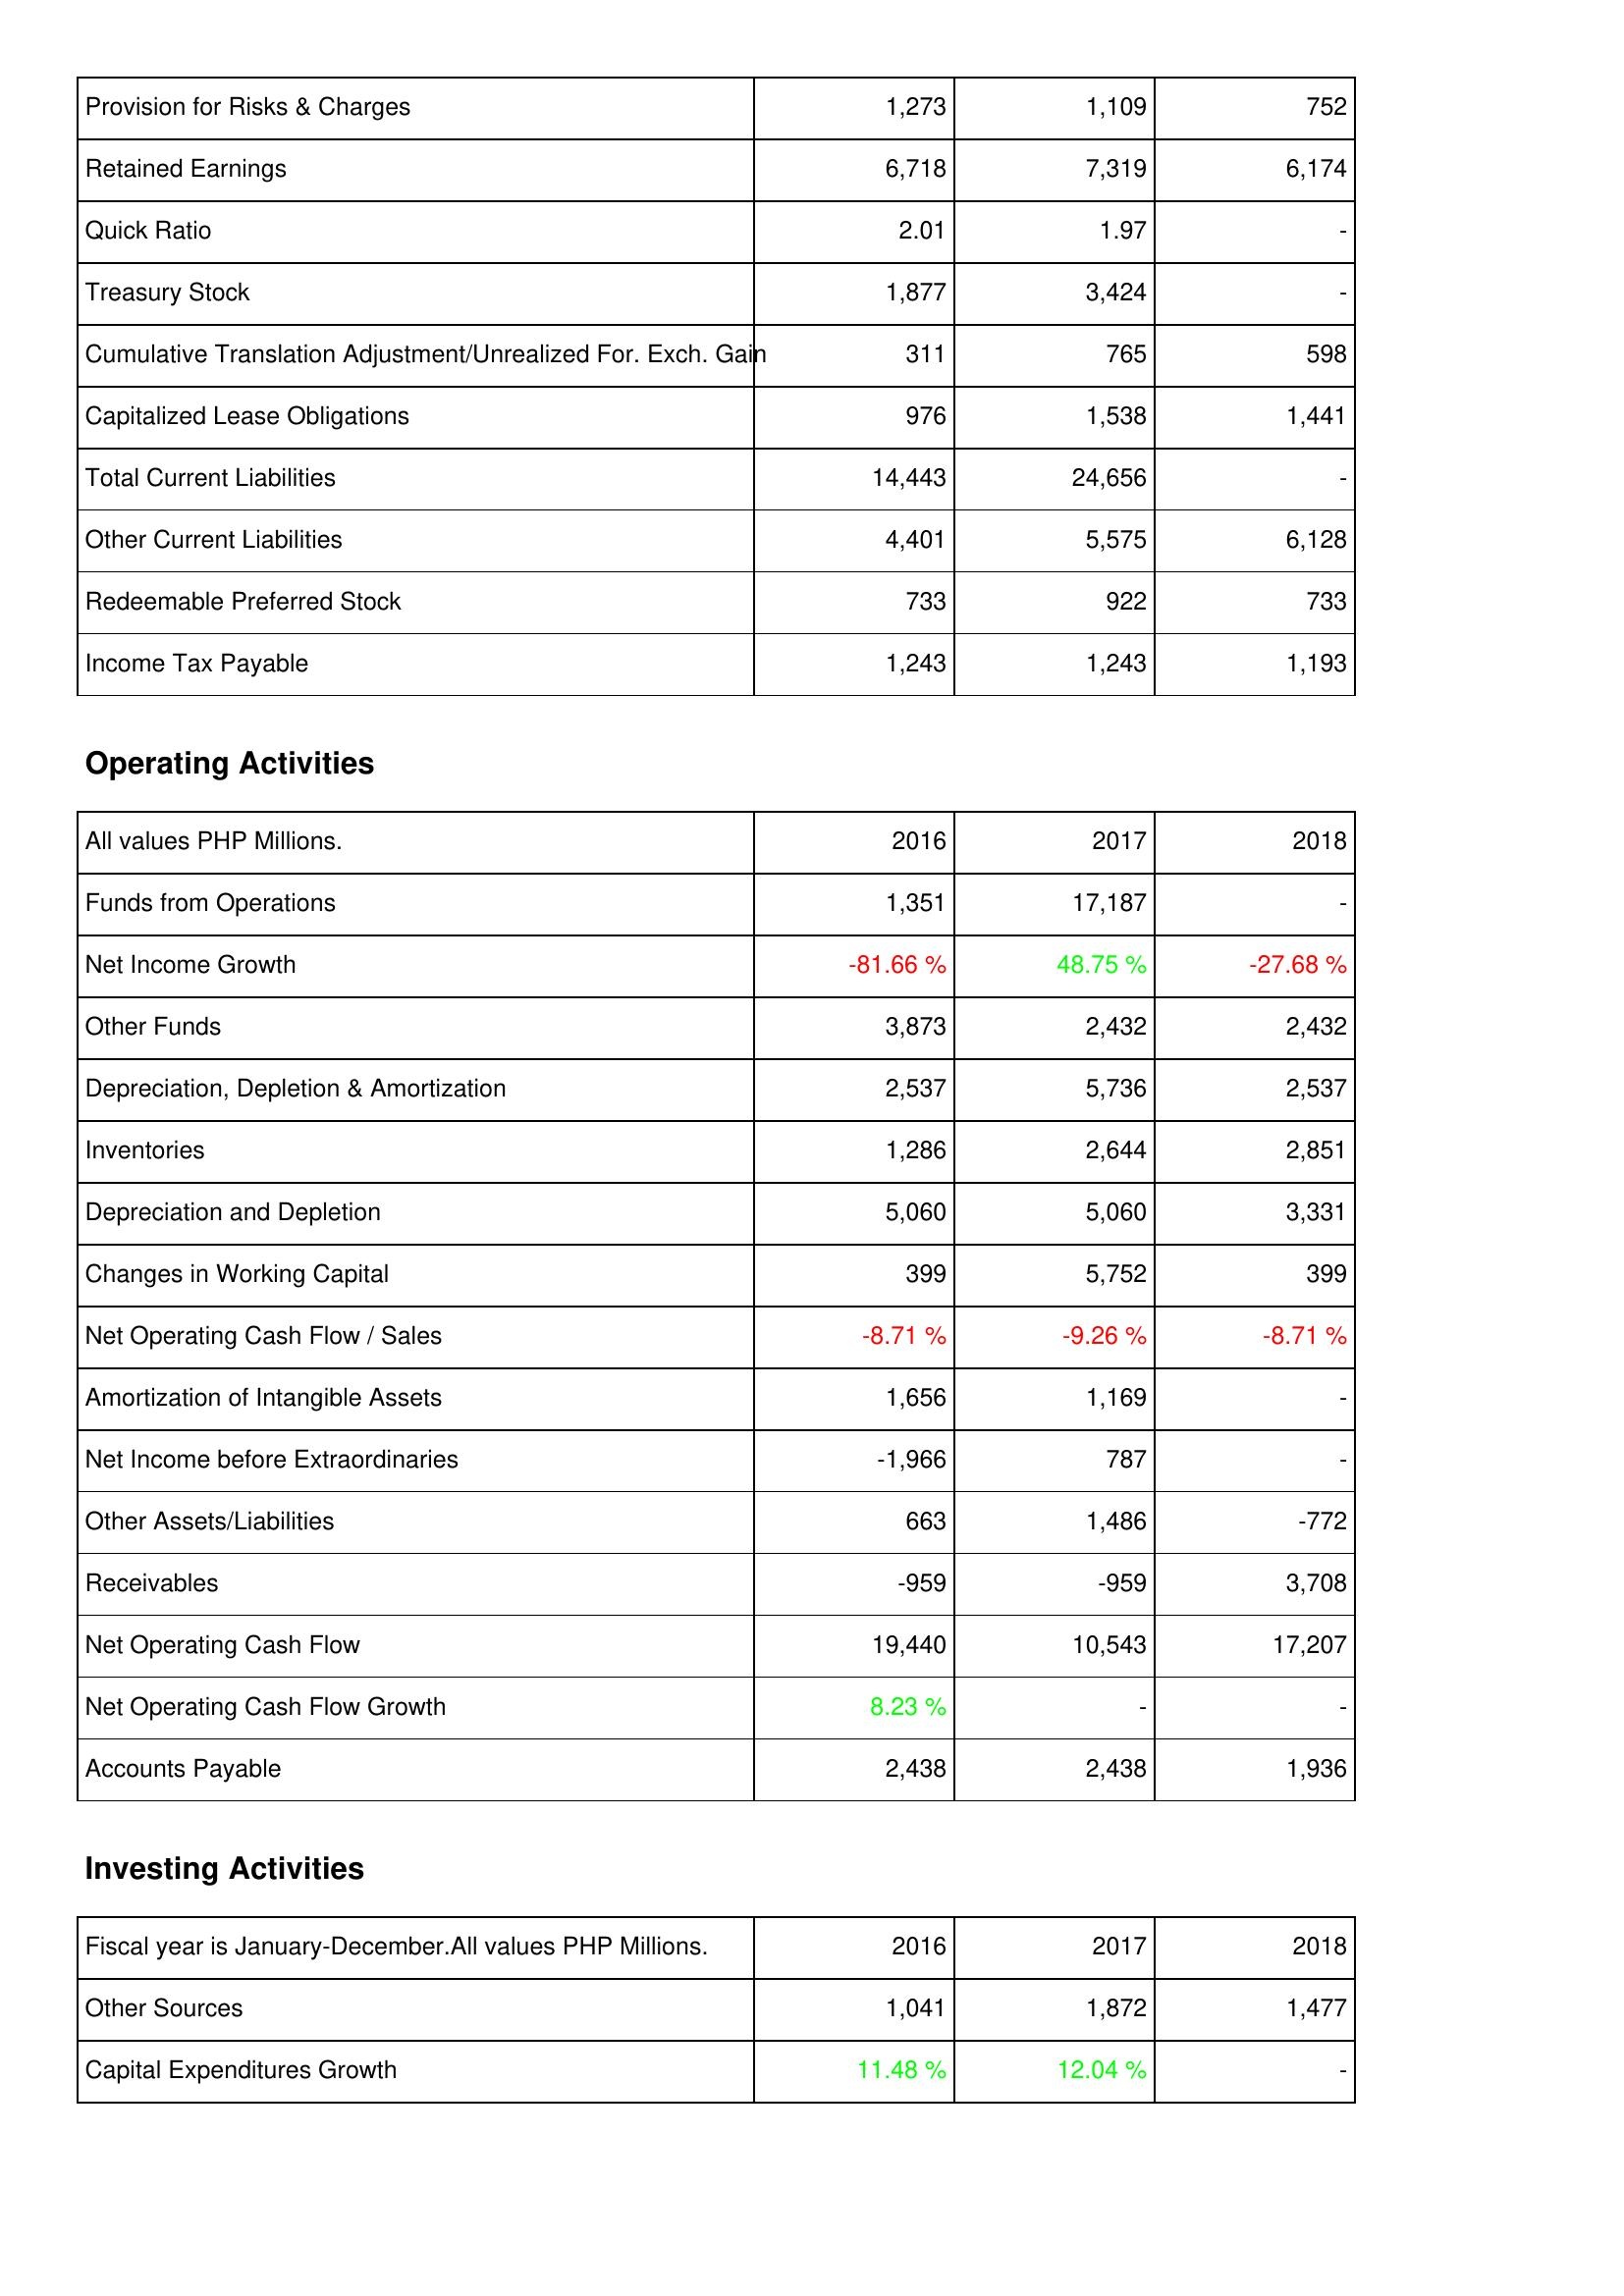
2016: Liabilities & Shareholders' Equity: Provision for Risks & Charges: 1,273
Retained Earnings: 6,718
Quick Ratio: 2.01
Treasury Stock: 1,877
Cumulative Translation Adjustment/Unrealized For. Exch. Gain: 311
Capitalized Lease Obligations: 976
Total Current Liabilities: 14,443
Other Current Liabilities: 4,401
Redeemable Preferred Stock: 733
Income Tax Payable: 1,243
Operating Activities: Funds from Operations: 1,351
Net Income Growth: -81.66 %
Other Funds: 3,873
Depreciation, Depletion & Amortization: 2,537
Inventories: 1,286
Depreciation and Depletion: 5,060
Changes in Working Capital: 399
Net Operating Cash Flow / Sales: -8.71 %
Amortization of Intangible Assets: 1,656
Net Income before Extraordinaries: -1,966
Other Assets/Liabilities: 663
Receivables: -959
Net Operating Cash Flow: 19,440
Net Operating Cash Flow Growth: 8.23 %
Accounts Payable: 2,438
Investing Activities: Other Sources: 1,041
Capital Expenditures Growth: 11.48 %
2017: Liabilities & Shareholders' Equity: Provision for Risks & Charges: 1,109
Retained Earnings: 7,319
Quick Ratio: 1.97
Treasury Stock: 3,424
Cumulative Translation Adjustment/Unrealized For. Exch. Gain: 765
Capitalized Lease Obligations: 1,538
Total Current Liabilities: 24,656
Other Current Liabilities: 5,575
Redeemable Preferred Stock: 922
Income Tax Payable: 1,243
Operating Activities: Funds from Operations: 17,187
Net Income Growth: 48.75 %
Other Funds: 2,432
Depreciation, Depletion & Amortization: 5,736
Inventories: 2,644
Depreciation and Depletion: 5,060
Changes in Working Capital: 5,752
Net Operating Cash Flow / Sales: -9.26 %
Amortization of Intangible Assets: 1,169
Net Income before Extraordinaries: 787
Other Assets/Liabilities: 1,486
Receivables: -959
Net Operating Cash Flow: 10,543
Net Operating Cash Flow Growth: -
Accounts Payable: 2,438
Investing Activities: Other Sources: 1,872
Capital Expenditures Growth: 12.04 %
2018: Liabilities & Shareholders' Equity: Provision for Risks & Charges: 752
Retained Earnings: 6,174
Quick Ratio: -
Treasury Stock: -
Cumulative Translation Adjustment/Unrealized For. Exch. Gain: 598
Capitalized Lease Obligations: 1,441
Total Current Liabilities: -
Other Current Liabilities: 6,128
Redeemable Preferred Stock: 733
Income Tax Payable: 1,193
Operating Activities: Funds from Operations: -
Net Income Growth: -27.68 %
Other Funds: 2,432
Depreciation, Depletion & Amortization: 2,537
Inventories: 2,851
Depreciation and Depletion: 3,331
Changes in Working Capital: 399
Net Operating Cash Flow / Sales: -8.71 %
Amortization of Intangible Assets: -
Net Income before Extraordinaries: -
Other Assets/Liabilities: -772
Receivables: 3,708
Net Operating Cash Flow: 17,207
Net Operating Cash Flow Growth: -
Accounts Payable: 1,936
Investing Activities: Other Sources: 1,477
Capital Expenditures Growth: -